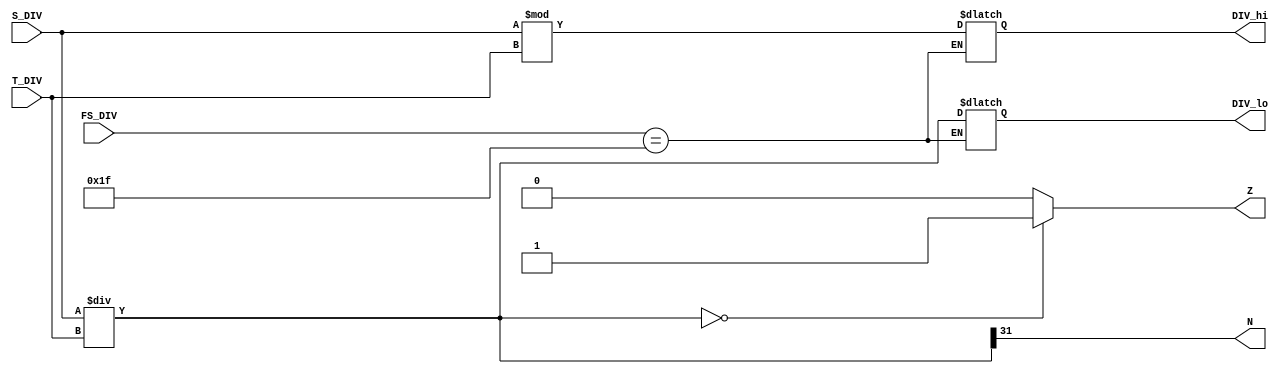
`timescale 1ns / 1ps
/****************************** C E C S  4 4 0 ******************************
 * 
 * Project:    Lab_Assignment_3
 * Designer:   Joseph Almeida
 * Rev. No.:   Version 1.0
 * Rev. Date:  September 2, 2018 
 *
 * Purpose: The division algorithm yields a 32-bit(LSB) quotient and a 32-bit
 *				(MSB) remainder. 
 *         
 * Notes: Only uses the negative and zero flag.
 *
 ****************************************************************************/
module DIV_32(
    input [31:0] S_DIV, T_DIV,
    input [4:0] FS_DIV,
    output reg [31:0] DIV_hi, DIV_lo,
    output reg N, Z
    );

	// Variables used to cast 32 bit signed integers
	integer int_S, int_T;
	
	always @ (*) begin
		int_S = S_DIV;
		int_T = T_DIV;
		
		if(FS_DIV == 5'h1F) begin 												 //DIV
			DIV_lo = int_S / int_T;
			DIV_hi = int_S % int_T;
		end

		N = DIV_lo[31];
		Z = (DIV_lo == 32'b0) ? 1'b1 : 1'b0;
	end	
	
endmodule